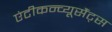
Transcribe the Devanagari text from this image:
एंटीकन्व्यूसैंट्स